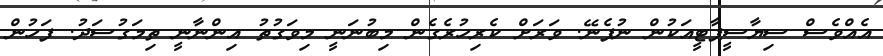
އެއްވެސް ސިޔާސީޕާޓީއަކުން ނުފެނޭ. ވަރަށް ކެރިހުރެގެން މިބުނަނީ މިވަގުތު އިންނާނީ ތިމަގުސަދު. ފަހުން